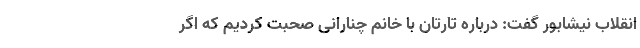
انقلاب نیشابور گفت: درباره تارتان با خانم چنارانی صحبت کردیم که اگر